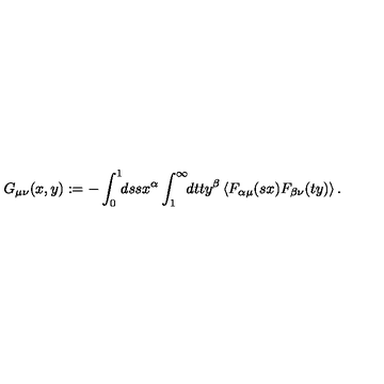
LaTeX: G _ { \mu \nu } ( x , y ) : = - \int _ { 0 } ^ { 1 } \! \! d s s x ^ { \alpha } \int _ { 1 } ^ { \infty } \! \! d t t y ^ { \beta } \left\langle F _ { \alpha \mu } ( s x ) F _ { \beta \nu } ( t y ) \right\rangle .